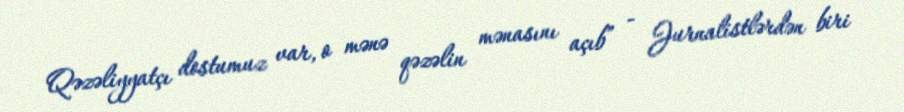
Qəzəliyyatçı dostumuz var, o mənə qəzəlin mənasını açıb” - Jurnalistlərdən biri